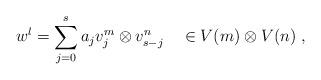
LaTeX: \begin{align*}w^l=\sum_{j=0}^s a_jv_j^m\otimes v_{s-j}^n~~~\in V(m)\otimes V(n)~,\end{align*}